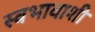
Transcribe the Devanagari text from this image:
स्वभावाशी